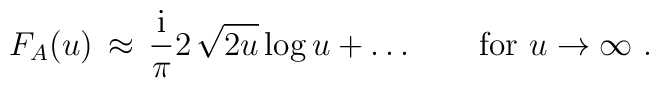
F_A(u)\, \approx \, {{\rm i}\over {\pi}}2\, \sqrt{2u} \, {\rm log } \, u +\ldots \qquad\mbox{for }u\to\infty\ .